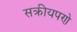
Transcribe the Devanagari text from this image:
सक्रीयपणे